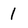
Character: 1